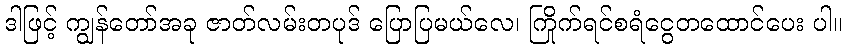
ဒါဖြင့် ကျွန်တော်အခု ဇာတ်လမ်းတပုဒ် ပြောပြမယ်လေ၊ ကြိုက်ရင်စရံငွေတထောင်ပေး ပါ။